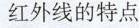
红外线的特点